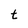
Character: t